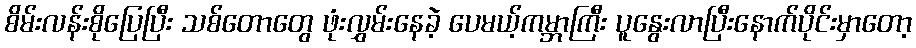
စိမ်းလန်းစိုပြေပြီး သစ်တောတွေ ဖုံးလွှမ်းနေခဲ့ ပေမယ့်ကမ္ဘာကြီး ပူနွေးလာပြီးနောက်ပိုင်းမှာတော့